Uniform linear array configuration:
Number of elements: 48
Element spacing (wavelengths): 0.25
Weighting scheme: blackman
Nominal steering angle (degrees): -45
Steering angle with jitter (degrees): -46.236
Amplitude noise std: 0.05
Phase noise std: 0.05

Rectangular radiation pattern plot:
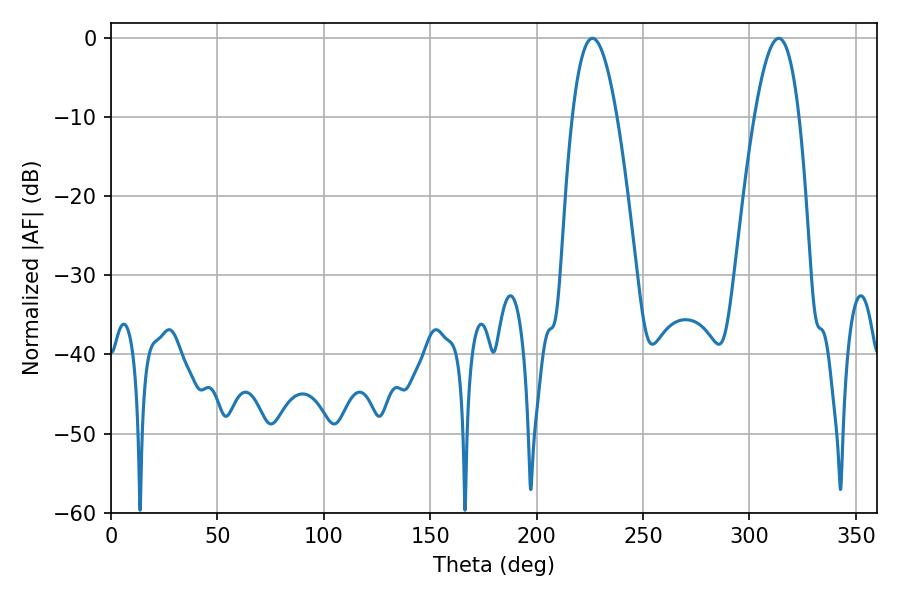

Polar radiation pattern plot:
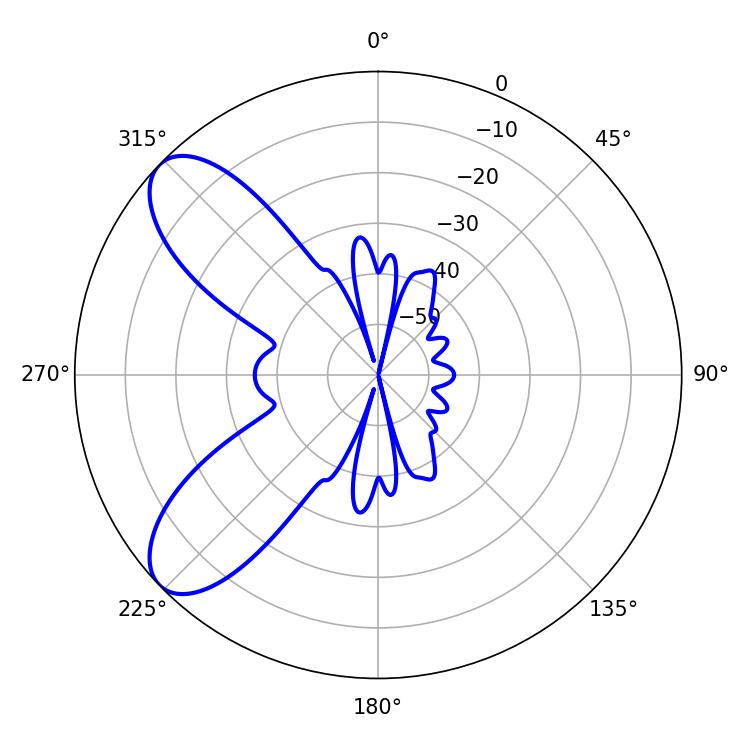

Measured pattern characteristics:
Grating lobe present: FALSE
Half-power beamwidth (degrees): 11.34
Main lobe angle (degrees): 226.26